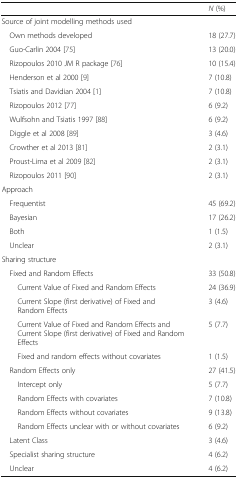
<table><thead><tr><td></td><td><b><i>N</i> (%)</b></td></tr></thead><tbody><tr><td colspan="2">Source of joint modelling methods used</td></tr><tr><td> Own methods developed</td><td>18 (27.7)</td></tr><tr><td> Guo-Carlin 2004 [75]</td><td>13 (20.0)</td></tr><tr><td> Rizopoulos 2010 JM R package [76]</td><td>10 (15.4)</td></tr><tr><td> Henderson et al 2000 [9]</td><td>7 (10.8)</td></tr><tr><td> Tsiatis and Davidian 2004 [1]</td><td>7 (10.8)</td></tr><tr><td> Rizopoulos 2012 [77]</td><td>6 (9.2)</td></tr><tr><td> Wulfsohn and Tsiatis 1997 [88]</td><td>6 (9.2)</td></tr><tr><td> Diggle et al 2008 [89]</td><td>3 (4.6)</td></tr><tr><td> Crowther et al 2013 [81]</td><td>2 (3.1)</td></tr><tr><td> Proust-Lima et al 2009 [82]</td><td>2 (3.1)</td></tr><tr><td> Rizopoulos 2011 [90]</td><td>2 (3.1)</td></tr><tr><td colspan="2">Approach</td></tr><tr><td> Frequentist</td><td>45 (69.2)</td></tr><tr><td> Bayesian</td><td>17 (26.2)</td></tr><tr><td> Both</td><td>1 (1.5)</td></tr><tr><td> Unclear</td><td>2 (3.1)</td></tr><tr><td colspan="2">Sharing structure</td></tr><tr><td> Fixed and Random Effects</td><td>33 (50.8)</td></tr><tr><td>Current Value of Fixed and Random Effects</td><td>24 (36.9)</td></tr><tr><td>Current Slope (first derivative) of Fixed and Random Effects</td><td>3 (4.6)</td></tr><tr><td>Current Value of Fixed and Random Effects and Current Slope (first derivative) of Fixed and Random Effects</td><td>5 (7.7)</td></tr><tr><td>Fixed and random effects without covariates</td><td>1 (1.5)</td></tr><tr><td> Random Effects only</td><td>27 (41.5)</td></tr><tr><td>Intercept only</td><td>5 (7.7)</td></tr><tr><td>Random Effects with covariates</td><td>7 (10.8)</td></tr><tr><td>Random Effects without covariates</td><td>9 (13.8)</td></tr><tr><td>Random Effects unclear with or without covariates</td><td>6 (9.2)</td></tr><tr><td> Latent Class</td><td>3 (4.6)</td></tr><tr><td> Specialist sharing structure</td><td>4 (6.2)</td></tr><tr><td> Unclear</td><td>4 (6.2)</td></tr></tbody></table>